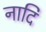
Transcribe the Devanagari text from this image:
नादि